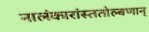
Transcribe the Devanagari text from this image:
नालंकारांस्ततोल्बणान्